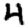
Digit: 4